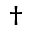
\dag